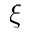
\xi